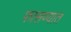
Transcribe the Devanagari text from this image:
फासण्यात